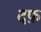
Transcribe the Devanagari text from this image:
दफ़